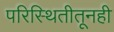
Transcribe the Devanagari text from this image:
परिस्थितीतूनही